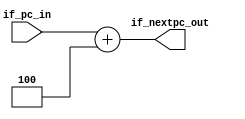
`timescale 1ns / 1ps
module Instfetch(
    input [31:0] if_pc_in,
    output [31:0] if_nextpc_out
    );
    assign if_nextpc_out = if_pc_in + 4;
endmodule